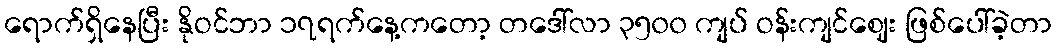
ရောက်ရှိနေပြီး နိုဝင်ဘာ ၁၇ရက်နေ့ကတော့ တဒေါ်လာ ၃၅၀၀ ကျပ် ဝန်းကျင်ဈေး ဖြစ်ပေါ်ခဲ့တာ